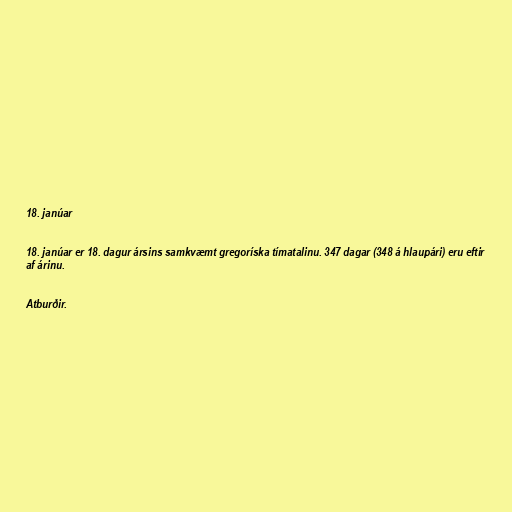
18. janúar

18. janúar er 18. dagur ársins samkvæmt gregoríska tímatalinu. 347 dagar (348 á hlaupári) eru eftir
af árinu.

Atburðir.